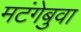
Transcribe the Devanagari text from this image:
मटंगेबुवा